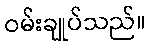
ဝမ်းချုပ်သည်။